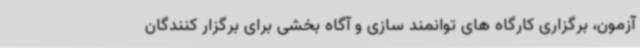
آزمون، برگزاری کارگاه های توانمند سازی و آگاه بخشی برای برگزار کنندگان